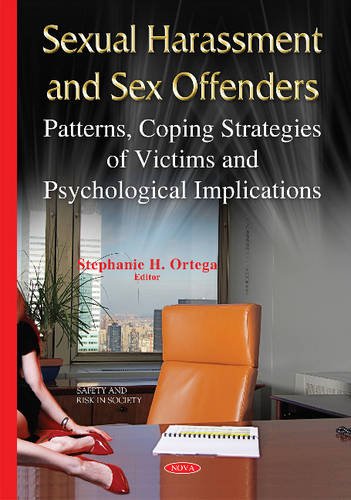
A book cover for Sexual Harassment and Sex Offenders: Patterns, Coping Strategies of Victims and Psychological Implications (Safety and Risk in Society); Politics & Social Sciences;